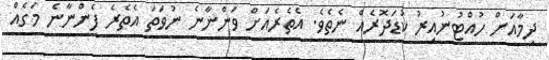
ދިމާއަށް ހުއްޓުނުއިރު ކުޑަދޮރެއް ނެތެވެ. އެތެރެއަށް ވަންނާނެ ނުވަތަ އެތެރެ ފެންނާނެ މަގެއް